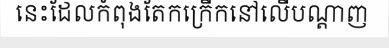
នេះដែលកំពុងតែកក្រើកនៅលើបណ្តាញ